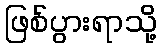
ဖြစ်ပွားရာသို့